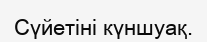
Сүйетіні күншуақ.